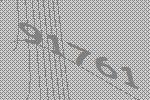
91761